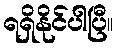
ရရှိနိုင်ပါပြီ။